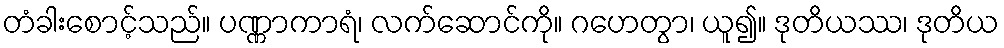
တံခါးစောင့်သည်။ ပဏ္ဏာကာရံ၊ လက်ဆောင်ကို။ ဂဟေတွာ၊ ယူ၍။ ဒုတိယဿ၊ ဒုတိယ